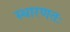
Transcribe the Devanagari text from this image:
स्धारणतः